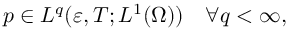
p \in L ^ { q } ( \varepsilon , T ; L ^ { 1 } ( \Omega ) ) \quad \forall q < \infty ,